Report on the working of the mental hospitals for Indians in Bihar and Orissa - 1925-1929
Year: 1925
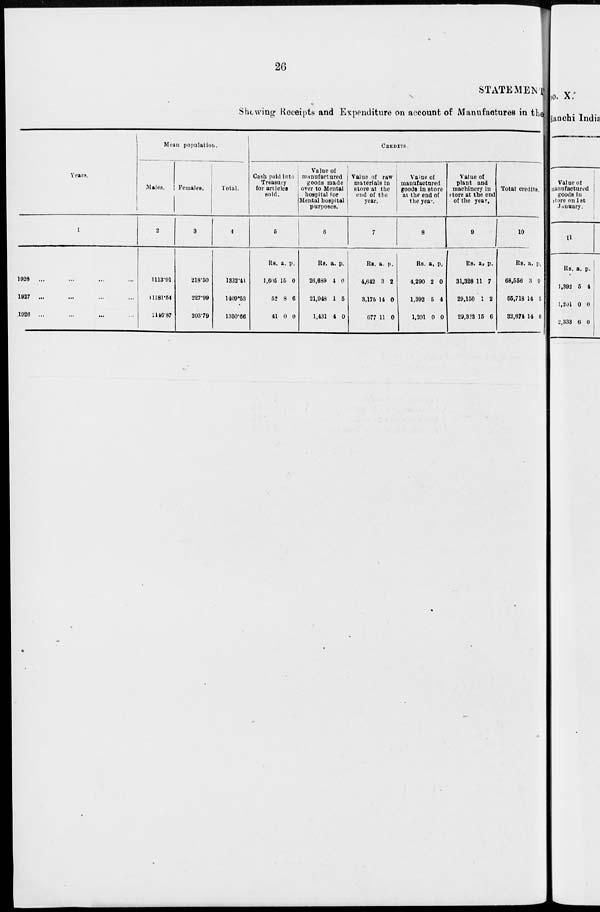
26
STATEMENT
Showing Receipts and Expenditure on account of Manufactures in the
Years.
1
1928 ...
1927 ...
1926 ...
Mean population.
Males.
2
1113.91
11181.54
1146.87
Females.
3
218.50
227.99
203.79
Total.
4
1332.41
1409.53
1350.66
CREDITS.
Cash paid into
Treasury
for articles
sold.
5
Rs.
1,605
52
41
a.
15
8
0
p.
0
6
0
Value of
manufactured
goods made
over to Mental
hospital for
Mental hospital
purposes.
6
Rs.
26,689
21,948
1,431
a.
4
1
4
p.
0
5
0
Value of raw
materials in
store at the
end of the
year.
7
Rs.
4,642
3,175
677
a.
3
14
11
p.
2
0
0
Value of
manufactured
goods in store
at the end of
the year.
8
Rs.
4.290
1,392
1,201
a.
2
5
0
p.
0
4
0
Value of
plant and
machinery in
store at the end
of the year.
9
Rs.
31,328
29,150
29,323
a.
11
1
15
p.
7
2
6
Total credits.
10
Rs.
68,556
55,718
32,674
a.
3
14
14
p.
9
5
6